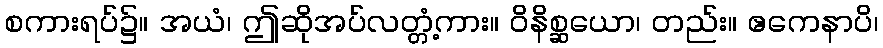
စကားရပ်၌။ အယံ၊ ဤဆိုအပ်လတ္တံ့ကား။ ဝိနိစ္ဆယော၊ တည်း။ ဧကေနာပိ၊